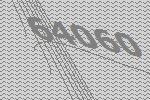
64060